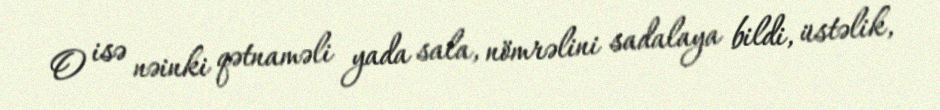
O isə nəinki qətnaməli yada sala, nömrəlini sadalaya bildi, üstəlik,